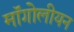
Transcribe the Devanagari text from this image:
मॉंगोलीयन